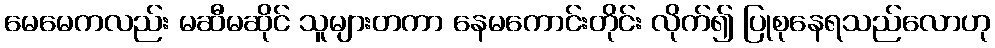
မေမေကလည်း မဆီမဆိုင် သူများတကာ နေမကောင်းတိုင်း လိုက်၍ ပြုစုနေရသည်လောဟု